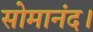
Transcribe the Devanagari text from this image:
सोमानंद।